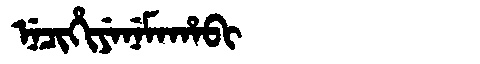
Manchu: ᠨᡝᠴᡳᡥᡳᠶᡝᠨᡝᠮᠠᡥᠠᠪᡳ
Romanization: NECIHIYENEMAHABI